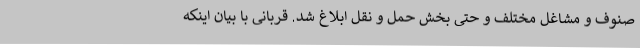
صنوف و مشاغل مختلف و حتی بخش حمل و نقل ابلاغ شد. قربانی با بیان اینکه